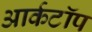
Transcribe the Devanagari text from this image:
आर्कटॉप